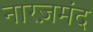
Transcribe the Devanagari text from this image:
नारज़मंद